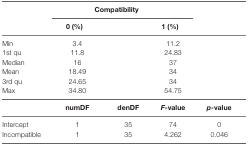
<table><thead><tr><td></td><td colspan="3"><b>Compatibility</b></td><td></td></tr><tr><td></td><td><b>0 (%)</b></td><td></td><td><b>1 (%)</b></td><td></td></tr></thead><tbody><tr><td>Min</td><td>3.4</td><td></td><td>11.2</td><td></td></tr><tr><td>1st qu</td><td>11.8</td><td></td><td>24.83</td><td></td></tr><tr><td>Median</td><td>16</td><td></td><td>37</td><td></td></tr><tr><td>Mean</td><td>18.49</td><td></td><td>34</td><td></td></tr><tr><td>3rd qu</td><td>24.65</td><td></td><td>34</td><td></td></tr><tr><td>Max</td><td>34.80</td><td></td><td>54.75</td><td></td></tr><tr><td></td><td><b>numDF</b></td><td><b>denDF</b></td><td><b><i>F</i>-value</b></td><td><b><i>p</i>-value</b></td></tr><tr><td>Intercept</td><td>1</td><td>35</td><td>74</td><td>0</td></tr><tr><td>Incompatible</td><td>1</td><td>35</td><td>4.262</td><td>0.046</td></tr></tbody></table>